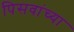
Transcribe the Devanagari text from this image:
पिसवांच्या